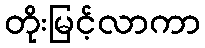
တိုးမြင့်လာကာ